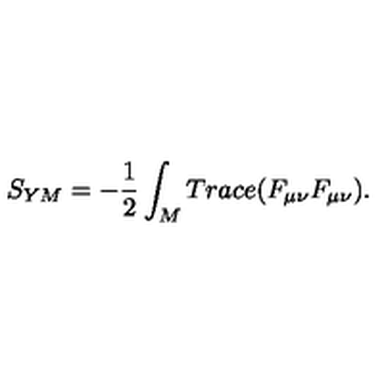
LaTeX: S _ { Y M } = - \frac { 1 } { 2 } \int _ { M } T r a c e ( F _ { \mu \nu } F _ { \mu \nu } ) .